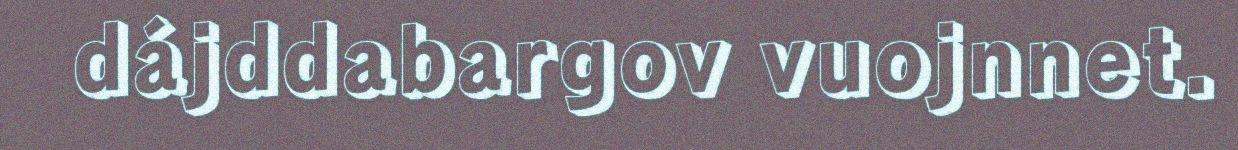
dájddabargov vuojnnet.